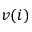
v ( i )